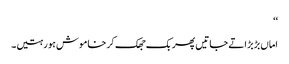
‘‘
اماں بڑبڑاتے جاتیں پھر بک جھک کر خاموش ہو رہتیں۔